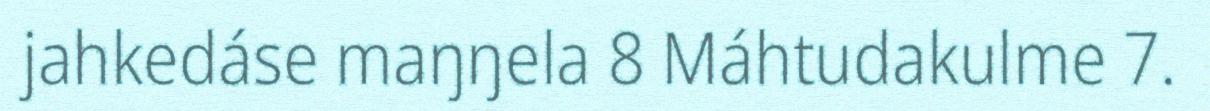
jahkedáse maŋŋela 8 Máhtudakulme 7.